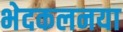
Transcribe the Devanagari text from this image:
भेदकलनया